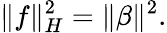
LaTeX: \| f\| _{H}^{2}=\| \beta\| ^{2}.